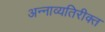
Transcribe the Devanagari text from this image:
अन्नाव्यतिरीक्त